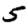
Digit: 5